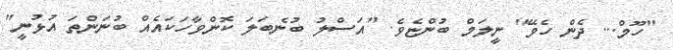
"ހޫމް... ދެން ހެވޭ" ނީލަމް ބުންޏެވެ. "އަސްލު ބުނެބަލަ ކޮންވާހަކައެއް ބުނަންތަ އުޅުނީ"